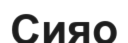
Сияо